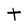
Character: t